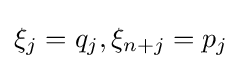
\xi _{j}=q_{j},\xi _{n+j}=p_{j}